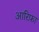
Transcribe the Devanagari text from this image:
आरिफ़ा